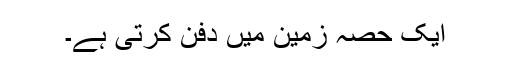
ایک حصہ زمین میں دفن کرتی ہے۔